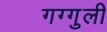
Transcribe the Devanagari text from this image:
गग्गुली